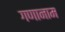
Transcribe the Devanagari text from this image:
गणानाम